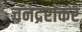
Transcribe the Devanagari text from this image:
चनद्रराकर